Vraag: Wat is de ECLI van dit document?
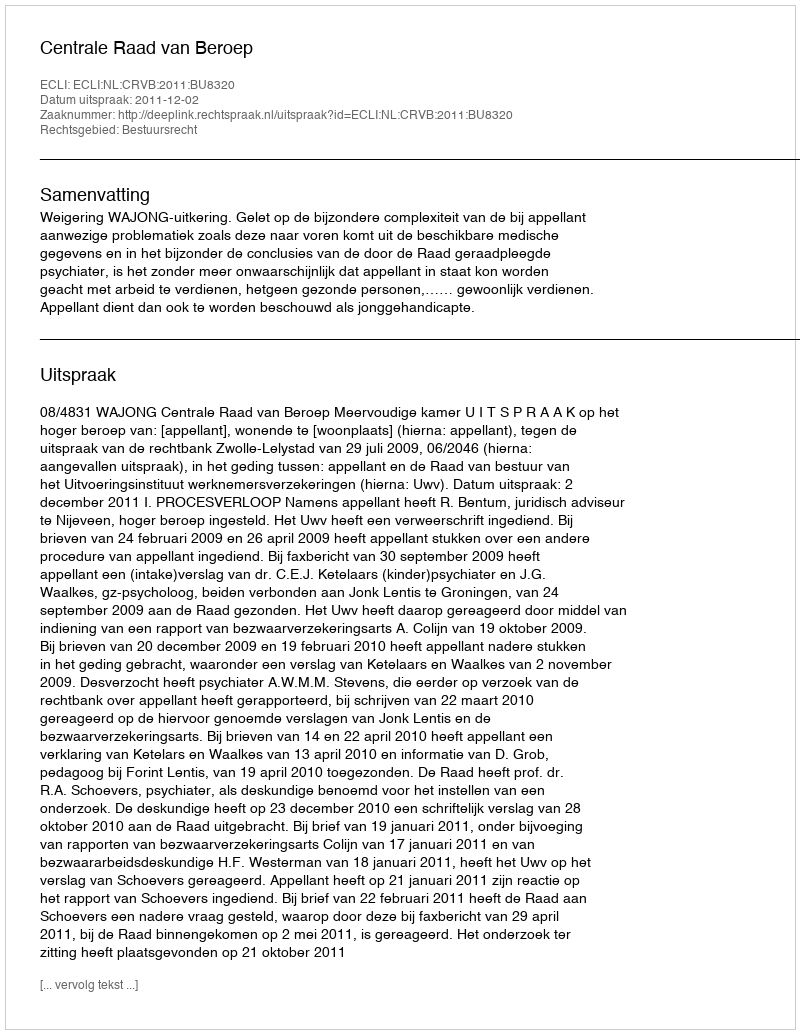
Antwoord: ECLI:NL:CRVB:2011:BU8320